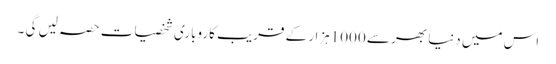
اس میں دنیا بھر سے 1000ہزار کے قریب کاروباری شخصیات حصہ لیں گی ۔